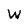
Character: W